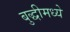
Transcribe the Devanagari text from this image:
बुद्धीमध्ये